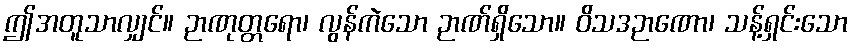
ဤအတူသာလျှင်။ ဉာဏုတ္တရော၊ လွန်ကဲသော ဉာဏ်ရှိသော။ ဝိသဒဉာဏော၊ သန့်ရှင်းသော